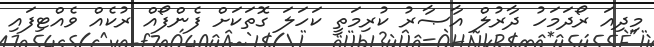
މިދިއަ ރޯދަމަހު ދާރުލް އާޞާރު ކުރިމަތީ ކަހަލަ ގޮތަކަށް ފެންފޯއް ރުކެއް ވެއްޓިފައި